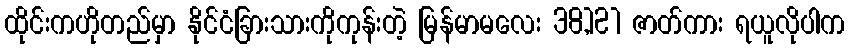
ထိုင်းကဟိုတည်မှာ နိုင်ငံခြားသားကိုကုန်းတဲ့ မြန်မာမလေး 38,121 ဇာတ်ကား ရယူလိုပါက